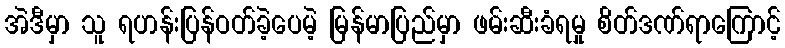
အဲဒီမှာ သူ ရဟန်းပြန်ဝတ်ခဲ့ပေမဲ့ မြန်မာပြည်မှာ ဖမ်းဆီးခံရမှု စိတ်ဒဏ်ရာကြောင့်